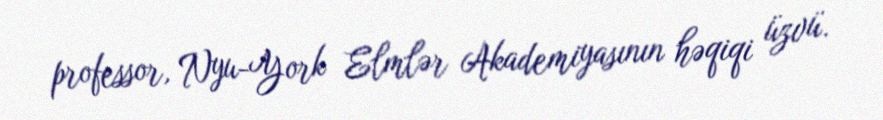
professor, Nyu-York Elmlər Akademiyasının həqiqi üzvü.